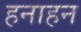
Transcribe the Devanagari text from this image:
हनाहन